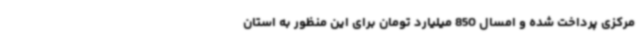
مرکزی پرداخت شده و امسال 850 میلیارد تومان برای این منظور به استان